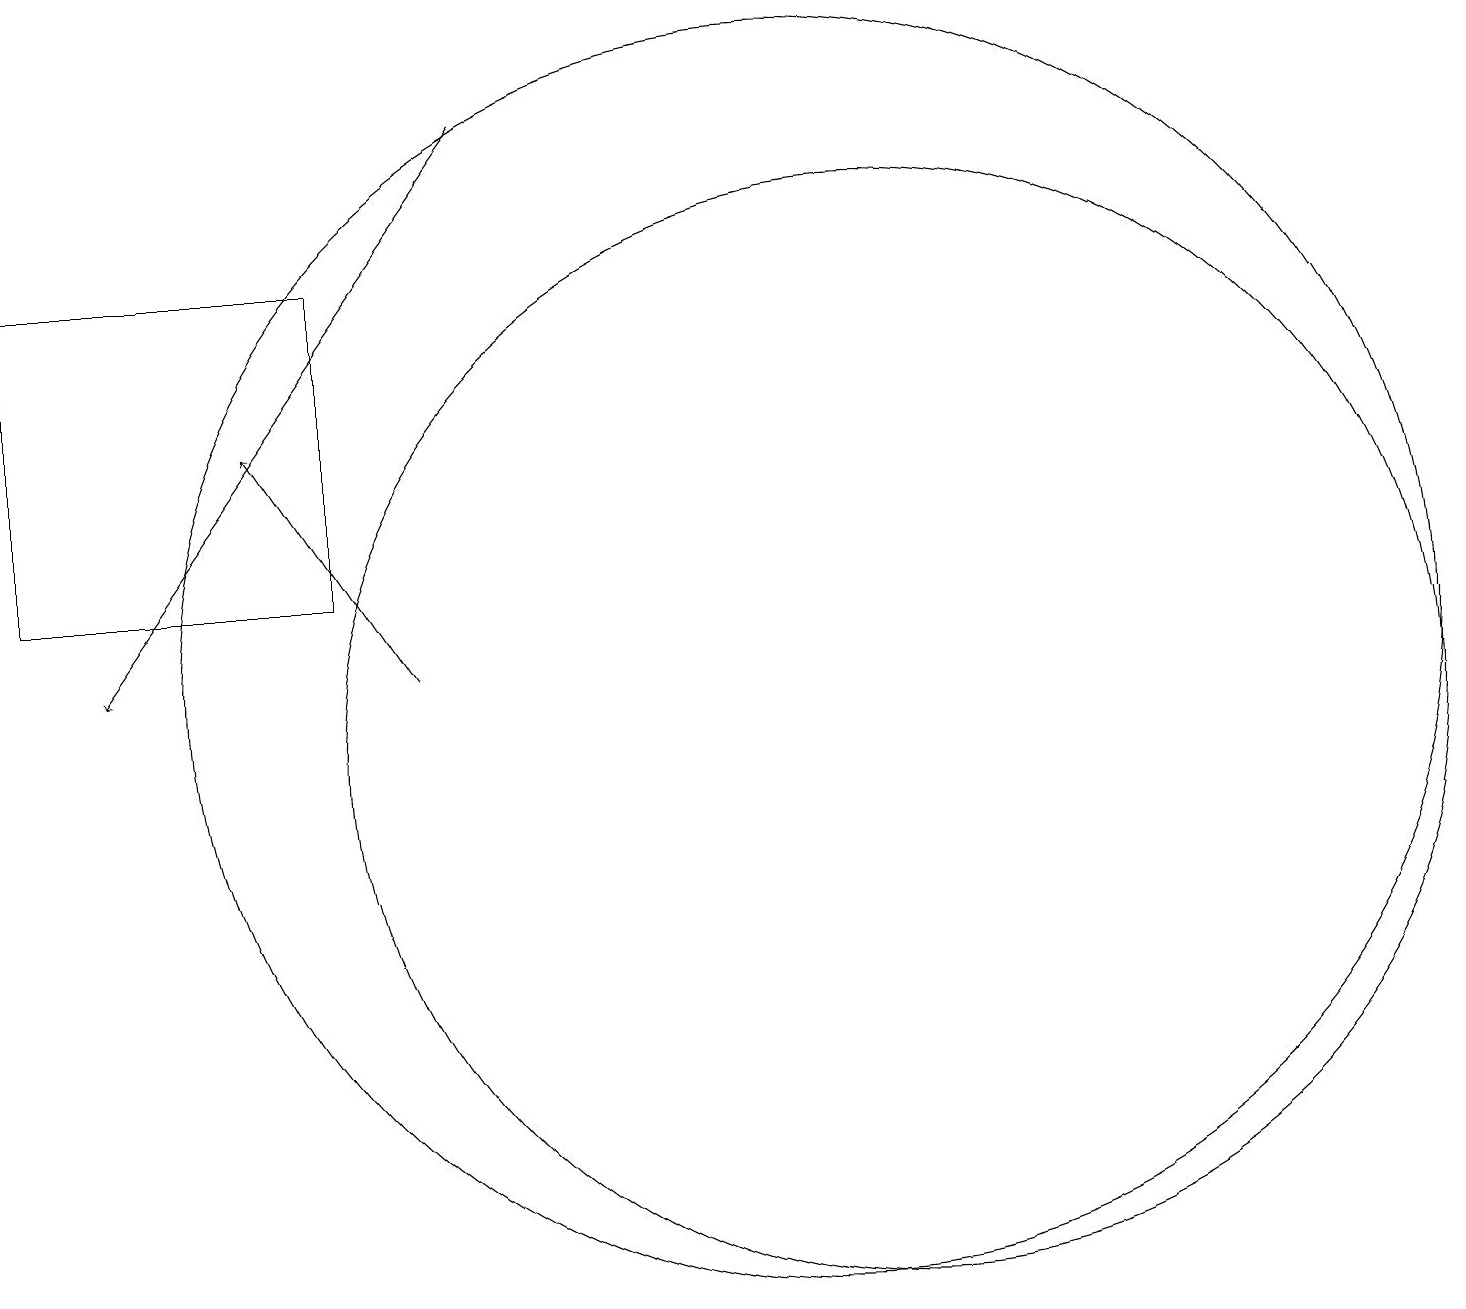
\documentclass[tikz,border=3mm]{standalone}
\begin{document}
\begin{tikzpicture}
\draw[->] (7,18) -- (2,11);
\draw (12,10) circle (7);
\draw[->] (6,11) -- (4,14);
\draw (5,16) rectangle (1,12);
\draw (11,11) circle (8);
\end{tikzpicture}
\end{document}